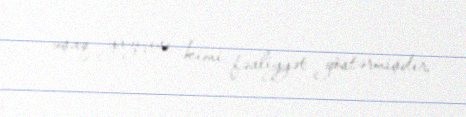
uşaq yazıçısı kimi fəaliyyət göstərmişdir.